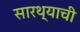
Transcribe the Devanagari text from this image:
सारथ्याची